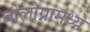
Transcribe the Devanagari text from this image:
बोलोग्नामध्ये